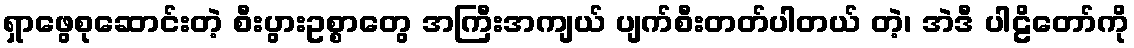
ရှာဖွေစုဆောင်းတဲ့ စီးပွားဥစ္စာတွေ အကြီးအကျယ် ပျက်စီးတတ်ပါတယ် တဲ့၊ အဲဒီ ပါဠိတော်ကို